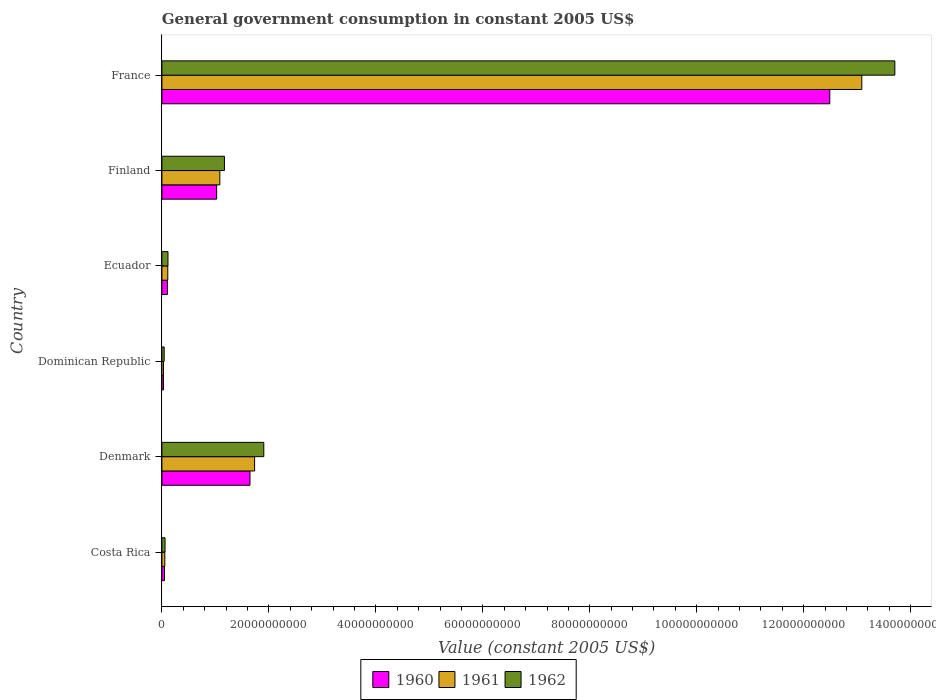
| Country | 1960 | 1961 | 1962 |
 | --- | --- | --- | --- |
 | Costa Rica | 4.87e+08 | 5.45e+08 | 5.88e+08 |
 | Denmark | 1.65e+10 | 1.73e+10 | 1.91e+10 |
 | Dominican Republic | 2.99e+08 | 3.03e+08 | 4.27e+08 |
 | Ecuador | 1.03e+09 | 1.1e+09 | 1.14e+09 |
 | Finland | 1.02e+10 | 1.08e+10 | 1.17e+10 |
 | France | 1.25e+11 | 1.31e+11 | 1.37e+11 |